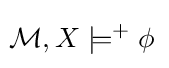
\!{\mathcal {M}},X\models ^{+}\phi